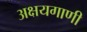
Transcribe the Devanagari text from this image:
अक्षयगाणी